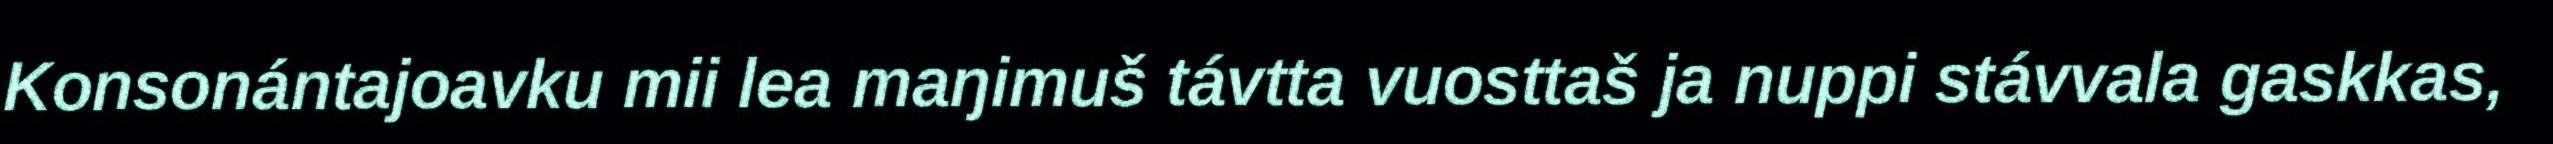
Konsonántajoavku mii lea maŋimuš távtta vuosttaš ja nuppi stávvala gaskkas,